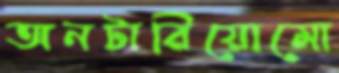
অনটারিয়োমো